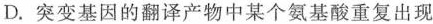
D.突变基因的翻译产物中某个氨基酸重复出现